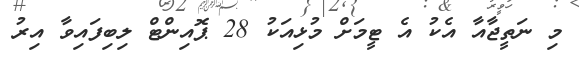
މި ނަތީޖާއާ އެކު އެ ޓީމަށް މުޅިއަކު 28 ޕޮއިންޓް ލިބިފައިވާ އިރު